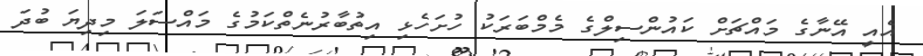
އެއީ އޭނާގެ މައްޗަށް ކައުންސިލްގެ މެމްބަރަކު ހުށަހެޅި އިތުބާރުނެތްކަމުގެ މައްސަލަ މިދިޔަ ބުދަ